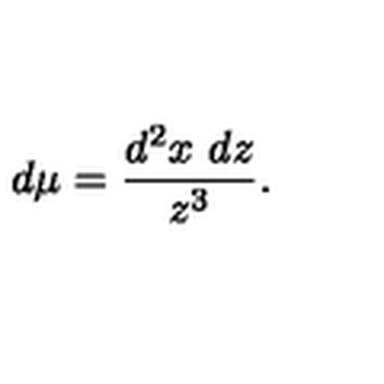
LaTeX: d \mu = { \frac { d ^ { 2 } x \ d z } { z ^ { 3 } } } .